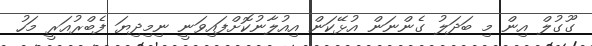
ގޫގުލް އިން މި ބަދަލު ގެންނަން އުޅޭކަން އިއުލާނުކޮށްފައިވަނީ ނިމިދިޔަ ފެބްރުއަރީ މަހު